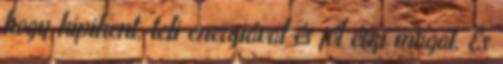
hogy kipihent, teli energiával és jól érzi magát. És